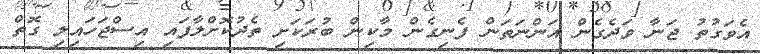
އެވަގުތު ޖަނާ ވަދެގެން އަންނަތަން ފެނިގެން މާކިން ބުރަކަށި ތެދުކޮށްލާފައި އިސްޖަހައިލި ގޮތް